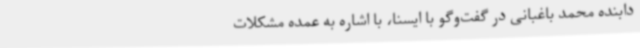
دابنده محمد باغبانی در گفت‌وگو با ایسنا، با اشاره به عمده مشکلات